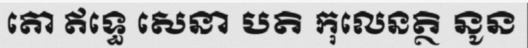
តោ ឥទ្ធេ សេនា បតិ កុលេនត្ថិ នូន